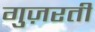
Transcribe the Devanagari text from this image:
गुज़रतीं